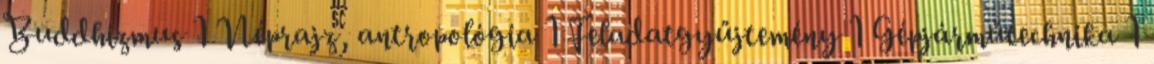
Buddhizmus 1 Néprajz, antropológia 1 Feladatgyűjtemény 1 Gépjárműtechnika 1